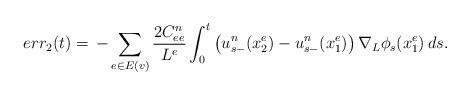
LaTeX: \begin{align*}err_2(t)&=\,-\sum_{e\in E(v)}\frac{2C^n_{ee}}{L^e}\int_0^t\big(u^n_{s-}(x^e_2) - u^n_{s-}(x^e_1)\big)\,\nabla_L\phi_s(x^e_1) \,ds. \end{align*}